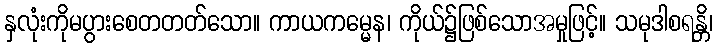
နှလုံးကိုမပွားစေတတတ်သော။ ကာယကမ္မေန၊ ကိုယ်၌ဖြစ်သောအမှုဖြင့်။ သမုဒါစရန္တိ၊